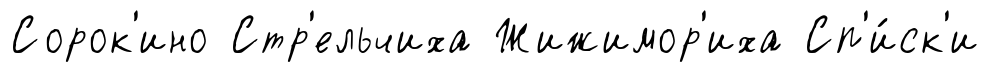
Сорок'ино Стр'ельчиха Жижимор'иха Сп'и́ск'и